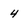
Character: 4